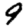
Digit: 9